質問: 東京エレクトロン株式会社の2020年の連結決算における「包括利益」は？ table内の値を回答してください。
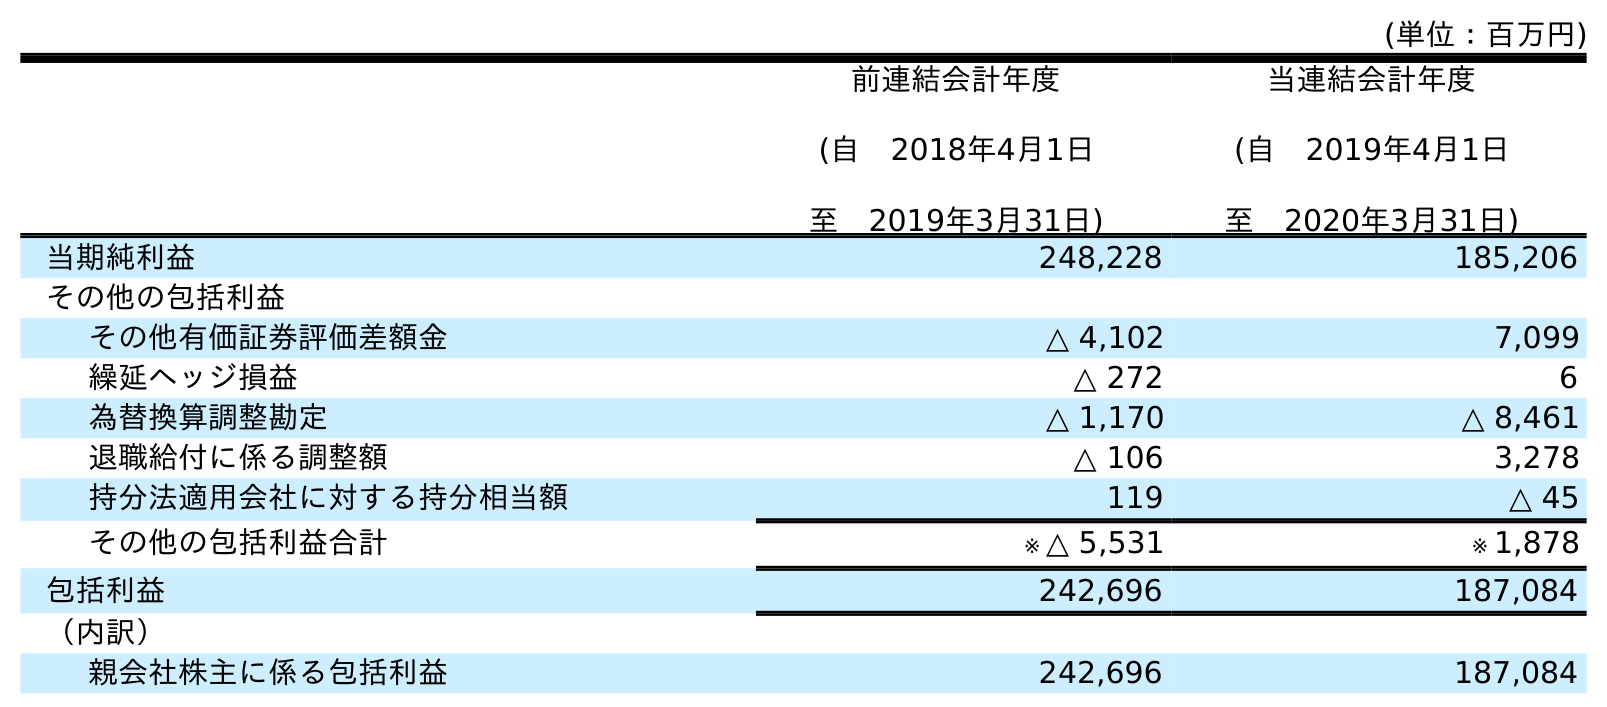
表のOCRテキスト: (単位：百万円) 前連結会計年度 (自 2018年4月1日 至 2019年3月31日) 当連結会計年度 (自 2019年4月1日 至 2020年3月31日) 当期純利益 248,228 185,206 その他の包括利益 その他有価証券評価差額金 △ 4,102 7,099 繰延ヘッジ損益 △ 272 6 為替換算調整勘定 △ 1,170 △ 8,461 退職給付に係る調整額 △ 106 3,278 持分法適用会社に対する持分相当額 119 △ 45 その他の包括利益合計 ※ △ 5,531 ※ 1,878 包括利益 242,696 187,084 （内訳） 親会社株主に係る包括利益 242,696 187,084
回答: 187,084